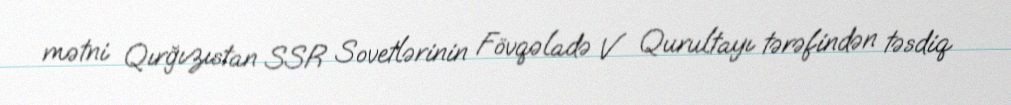
mətni Qırğızıstan SSR Sovetlərinin Fövqəladə V Qurultayı tərəfindən təsdiq